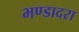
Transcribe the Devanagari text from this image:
भण्डादरा